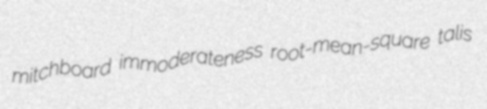
mitchboard immoderateness root-mean-square talis